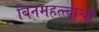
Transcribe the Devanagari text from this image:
बिनमहत्त्वाची